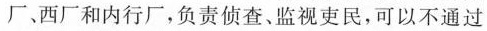
厂、西厂和内行厂，负责侦查、监视吏民，可以不通过